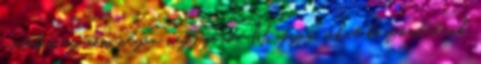
esetében ez nem olyan nagy gond. Nagyon sokat köszönhetünk